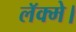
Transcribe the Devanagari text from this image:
लॅक्मे।